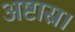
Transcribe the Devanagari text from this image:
अष्टास्र।